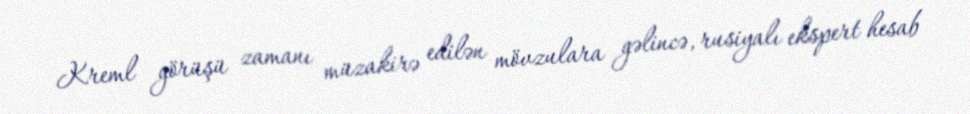
Kreml görüşü zamanı müzakirə edilən mövzulara gəlincə, rusiyalı ekspert hesab